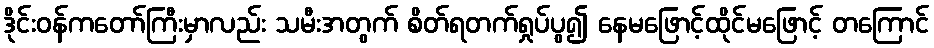
ဒိုင်းဝန်ကတော်ကြီးမှာလည်း သမီးအတွက် စိတ်ရတက်ရှုပ်ပွ၍ နေမဖြောင့်ထိုင်မဖြောင့် တကြောင်